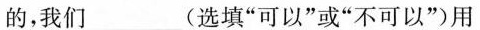
的，我们\underline(选填”可以”或”不可以”)用